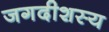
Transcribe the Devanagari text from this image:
जगदीशस्य